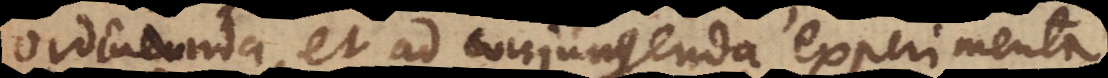
ordinanda, et ad conjungenda experimenta,